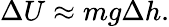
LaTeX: \Delta U\approx mg\Delta h.